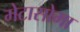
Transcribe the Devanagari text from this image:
मेटासोमा